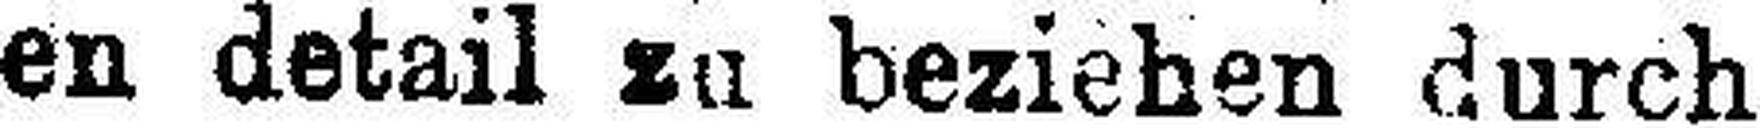
en detail zu beziehen durch